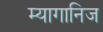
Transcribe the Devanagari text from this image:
म्यागानिज